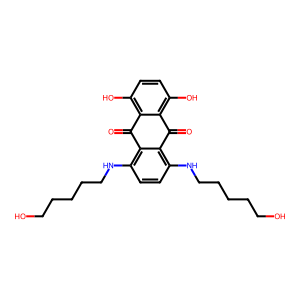
SMILES: O=C1c2c(O)ccc(O)c2C(=O)c2c(NCCCCCO)ccc(NCCCCCO)c21
Inhibits HIV replication: No